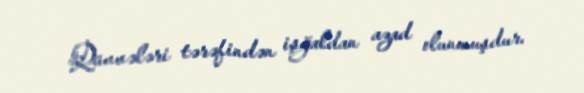
Qüvvələri tərəfindən işğaldan azad olunmuşdur.